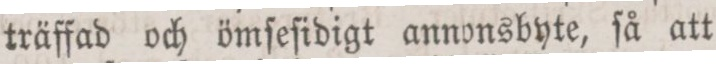
träffad och ömſeſidigt annonsbyte, ſå att